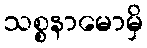
သစ္စနာမောမှိ